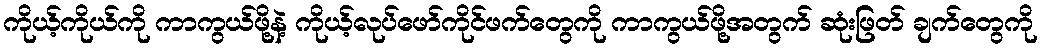
ကိုယ့်ကိုယ်ကို ကာကွယ်ဖို့နဲ့ ကိုယ့်လုပ်ဖော်ကိုင်ဖက်တွေကို ကာကွယ်ဖို့အတွက် ဆုံးဖြတ် ချက်တွေကို